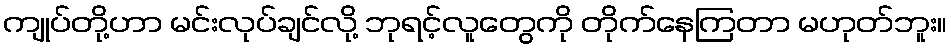
ကျုပ်တို့ဟာ မင်းလုပ်ချင်လို့ ဘုရင့်လူတွေကို တိုက်နေကြတာ မဟုတ်ဘူး။